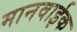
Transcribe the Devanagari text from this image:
मानवाईक